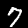
Digit: 7